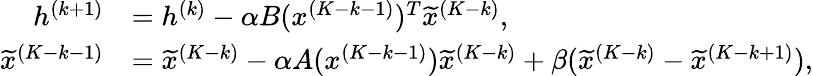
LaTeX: \begin{array}{rl}{h^{(k+1)}}&{=h^{(k)}-\alpha B(x^{(K-k-1)})^{T}\widetilde{x}^{(K-k)},}\\ {\widetilde{x}^{(K-k-1)}}&{=\widetilde{x}^{(K-k)}-\alpha A(x^{(K-k-1)})\widetilde{x}^{(K-k)}+\beta(\widetilde{x}^{(K-k)}-\widetilde{x}^{(K-k+1)}),}\end{array}